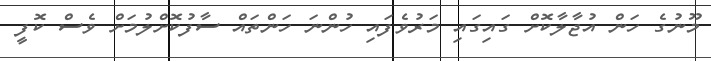
މޫނުގެ ހަން އުޖާލާކޮށް ގައިގައި މަރުވެފައި ހުންނަ ހަންތައް ސާފުކޮށްލުމަށް ވެސް ކޮފީ